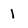
Character: 1